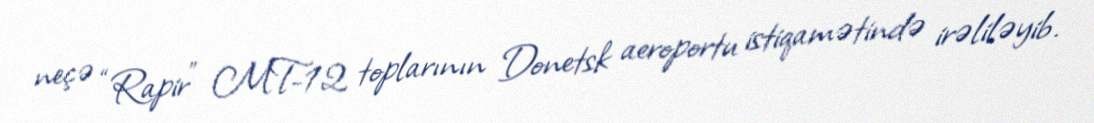
neçə “Rapir” MT-12 toplarının Donetsk aeroportu istiqamətində irəliləyib.